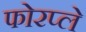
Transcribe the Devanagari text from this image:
फोरप्ले